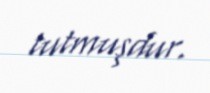
tutmuşdur.